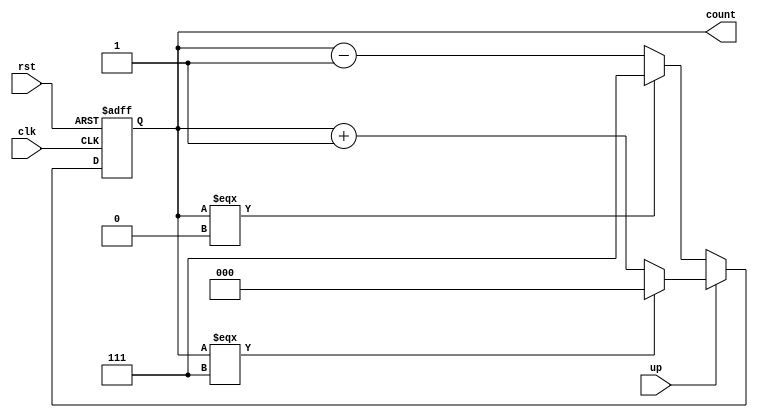
module up_down_counter (
  input wire clk,             // Clock input
  input wire rst,             // Reset input (active low)
  input wire up,              // Up/Down control input
  output wire [2:0] count     // 3-bit counter output
);

  reg [2:0] count_reg;        // 3-bit counter register

  always @(posedge clk or negedge rst) begin
    if (!rst) begin
      count_reg <= 3'b000;    // Reset the counter to 0
    end else begin
      if (up) begin
        if (count_reg === 3'b111) begin
          count_reg <= 3'b000; // Wrap around to 0 after reaching 7
        end else begin
          count_reg <= count_reg + 1; // Increment the counter
        end
      end else begin
        if (count_reg === 3'b000) begin
          count_reg <= 3'b111; // Wrap around to 7 after reaching 0
        end else begin
          count_reg <= count_reg - 1; // Decrement the counter
        end
      end
    end
  end

  assign count = count_reg;   // Output is the counter register value

endmodule